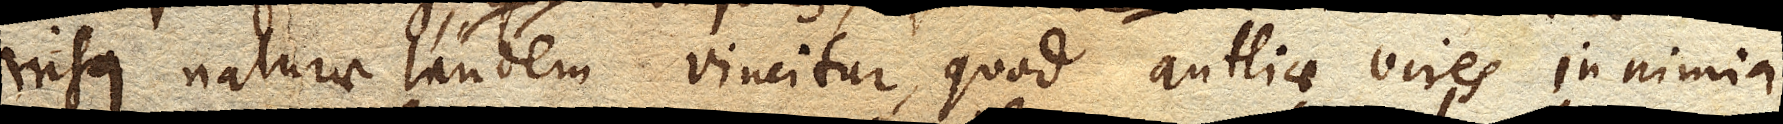
nisus naturae tandem vincitur, quod Antliae vires in nimia